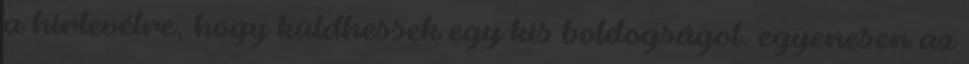
a hírlevélre, hogy küldhessek egy kis boldogságot. egyenesen az